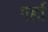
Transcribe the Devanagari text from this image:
गर्हा